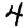
Digit: 4